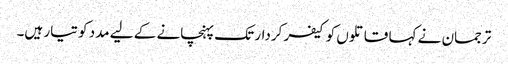
ترجمان نے کہا قاتلوں کو کیفر کردار تک پہنچانے کے لیے مدد کو تیار ہیں۔